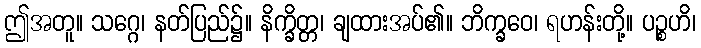
ဤအတူ။ သဂ္ဂေ၊ နတ်ပြည်၌။ နိက္ခိတ္တ၊ ချထားအပ်၏။ ဘိက္ခဝေ၊ ရဟန်းတို့။ ပဉ္စဟိ၊